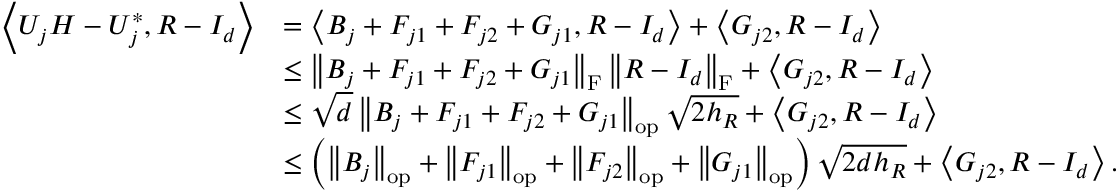
\begin{array} { r l } { \left\langle U _ { j } H - U _ { j } ^ { * } , R - I _ { d } \right\rangle } & { = \left\langle B _ { j } + F _ { j 1 } + F _ { j 2 } + G _ { j 1 } , R - I _ { d } \right\rangle + \left\langle G _ { j 2 } , R - I _ { d } \right\rangle } \\ & { \leq \left\| { B _ { j } + F _ { j 1 } + F _ { j 2 } + G _ { j 1 } } \right\| _ { \mathrm { F } } \left\| { R - I _ { d } } \right\| _ { \mathrm { F } } + \left\langle G _ { j 2 } , R - I _ { d } \right\rangle } \\ & { \leq \sqrt { d } \left\| { B _ { j } + F _ { j 1 } + F _ { j 2 } + G _ { j 1 } } \right\| _ { \mathrm { o p } } \sqrt { 2 h _ { R } } + \left\langle G _ { j 2 } , R - I _ { d } \right\rangle } \\ & { \leq \left( \left\| { B _ { j } } \right\| _ { \mathrm { o p } } + \left\| { F _ { j 1 } } \right\| _ { \mathrm { o p } } + \left\| { F _ { j 2 } } \right\| _ { \mathrm { o p } } + \left\| { G _ { j 1 } } \right\| _ { \mathrm { o p } } \right) \sqrt { 2 d h _ { R } } + \left\langle G _ { j 2 } , R - I _ { d } \right\rangle . } \end{array}